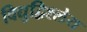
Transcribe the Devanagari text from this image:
विद्युद्विश्लेय